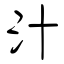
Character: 汁